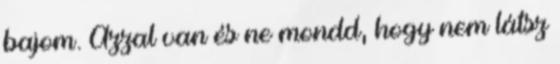
bajom. Azzal van és ne mondd, hogy nem látsz